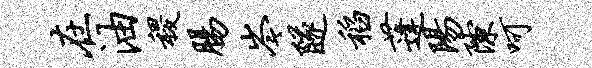
在油稷肠岑隧稻蓬阳隙呵